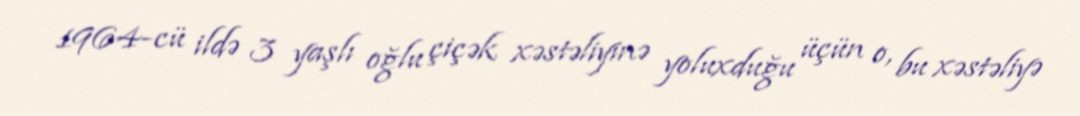
1964-cü ildə 3 yaşlı oğlu çiçək xəstəliyinə yoluxduğu üçün o, bu xəstəliyə